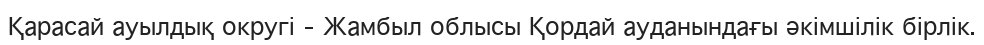
Қарасай ауылдық округі – Жамбыл облысы Қордай ауданындағы әкімшілік бірлік.